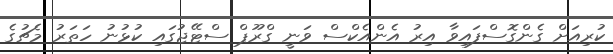
ކުރިއަށް ގެންގޮސްފައިވާ އިރު އެންއެކްސް ވަނީ ގްރޫޕް ސްޓޭޖުގައި ކުޅުނު ހަތަރު މެޗުގެ